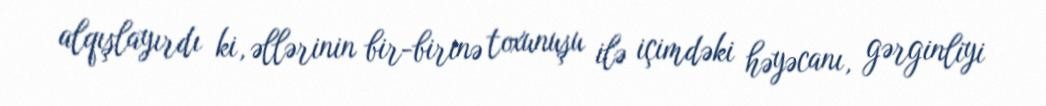
alqışlayırdı ki, əllərinin bir-birinə toxunuşu ilə içimdəki həyəcanı, gərginliyi